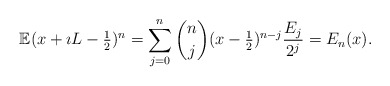
\begin{align*}\mathbb{E} ( x + \imath L - \tfrac{1}{2} )^{n} = \sum_{j=0}^{n} \binom{n}{j} (x - \tfrac{1}{2} )^{n-j} \frac{E_{j}}{2^{j}} = E_{n}(x).\end{align*}